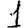
Digit: 1